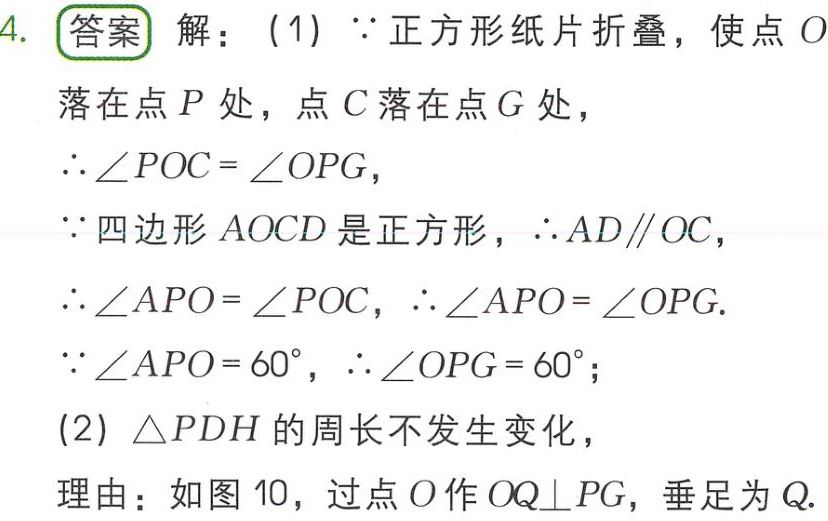
4. 答案 解：（1）$\because$ 正方形纸片折叠，使点 $O$ 落在点 $P$ 处，点 $C$ 落在点 $G$ 处，
$\therefore\angle POC = \angle OPG$，
$\because$ 四边形 $AOCD$ 是正方形，$\therefore AD\parallel OC$，
$\therefore\angle APO = \angle POC$，$\therefore\angle APO = \angle OPG$.
$\because\angle APO = 60^{\circ}$，$\therefore\angle OPG = 60^{\circ}$；
（2）$\triangle PDH$ 的周长不发生变化，
理由：如图 10，过点 $O$ 作 $OQ\perp PG$，垂足为 $Q$.